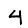
Digit: 4